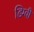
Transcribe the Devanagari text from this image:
डिग्वी